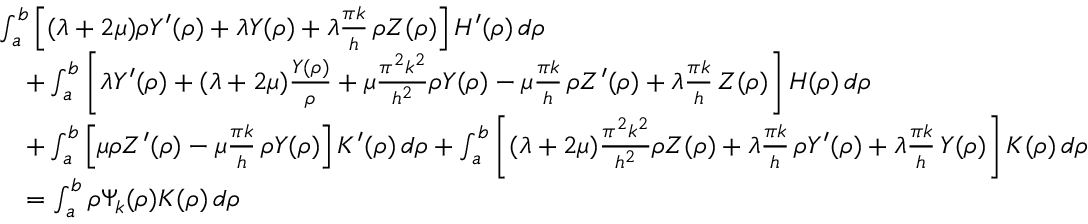
\begin{array} { r l } & { \int _ { a } ^ { b } \left[ ( \lambda + 2 \mu ) \rho Y ^ { \prime } ( \rho ) + \lambda Y ( \rho ) + \lambda \frac { \pi k } { h } \, \rho Z ( \rho ) \right] H ^ { \prime } ( \rho ) \, d \rho } \\ & { \quad + \int _ { a } ^ { b } \left[ \lambda Y ^ { \prime } ( \rho ) + ( \lambda + 2 \mu ) \frac { Y ( \rho ) } { \rho } + \mu \frac { \pi ^ { 2 } k ^ { 2 } } { h ^ { 2 } } \rho Y ( \rho ) - \mu \frac { \pi k } { h } \, \rho Z ^ { \prime } ( \rho ) + \lambda \frac { \pi k } { h } \, Z ( \rho ) \right] H ( \rho ) \, d \rho } \\ & { \quad + \int _ { a } ^ { b } \left[ \mu \rho Z ^ { \prime } ( \rho ) - \mu \frac { \pi k } { h } \, \rho Y ( \rho ) \right] K ^ { \prime } ( \rho ) \, d \rho + \int _ { a } ^ { b } \left[ ( \lambda + 2 \mu ) \frac { \pi ^ { 2 } k ^ { 2 } } { h ^ { 2 } } \rho Z ( \rho ) + \lambda \frac { \pi k } { h } \, \rho Y ^ { \prime } ( \rho ) + \lambda \frac { \pi k } { h } \, Y ( \rho ) \right] K ( \rho ) \, d \rho } \\ & { \quad = \int _ { a } ^ { b } \rho \Psi _ { k } ( \rho ) K ( \rho ) \, d \rho } \end{array}